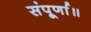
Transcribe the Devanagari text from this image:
संपूर्णा॥